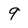
Character: 9